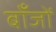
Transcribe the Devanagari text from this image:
बाँजों